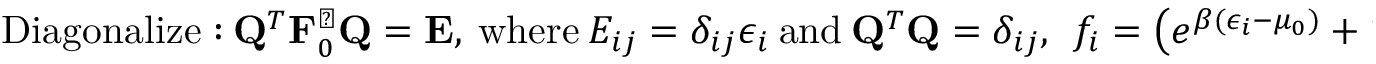
\mathrm { D i a g o n a l i z e : } ~ { \bf Q } ^ { T } { \bf F } _ { 0 } ^ { \perp } { \bf Q } = { \bf E } , ~ \mathrm { w h e r e } ~ E _ { i j } = \delta _ { i j } \epsilon _ { i } ~ \mathrm { a n d } ~ { \bf Q } ^ { T } { \bf Q } = \delta _ { i j } , ~ ~ f _ { i } = \left( e ^ { \beta ( \epsilon _ { i } - \mu _ { 0 } ) } + 1 \right) ^ { - 1 }